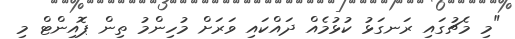
"މި މެޗުގައި ރަނގަޅު ކުޅުމެއް ދައްކައި ވަރަށް މުހިންމު ތިން ޕޮއިންޓް މި